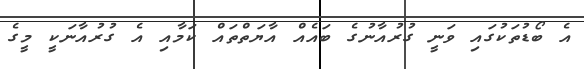
އެ ބޯޑުތަކުގައި ވަނީ ގުރުއާނުގެ ބައެއް އާޔަތްތައް ކަމާއި އެ ގުރުއާނަކީ މީގެ